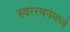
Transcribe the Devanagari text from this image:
स्वररचनेमध्ये